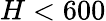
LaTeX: H<600